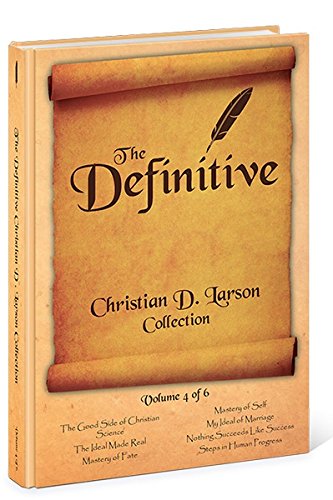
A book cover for The Definitive Christian D. Larson Collection - Volume 4 of 6; Christian Books & Bibles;